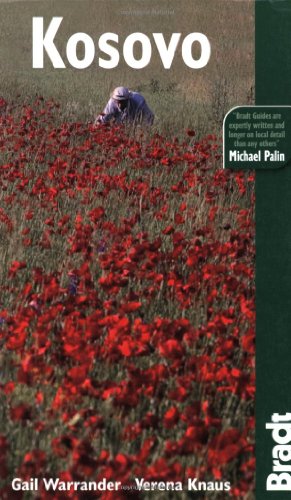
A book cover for Kosovo (Bradt Travel Guide); Gail Warrander; Travel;